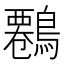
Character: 𪄷